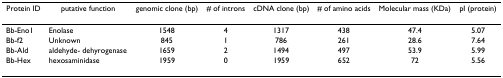
| Protein ID | putative function | genomic clone (bp) | # of introns | cDNA clone (bp) | # of amino acids | Molecular mass (KDa) | pI (protein) |
 | --- | --- | --- | --- | --- | --- | --- | --- |
 | Bb-Eno1 | Enolase | 1548 | 4 | 1317 | 438 | 47.4 | 5.07 |
 | Bb-f2 | Unknown | 845 | 1 | 786 | 261 | 28.6 | 7.64 |
 | Bb-Ald | aldehyde- dehyrogenase | 1659 | 2 | 1494 | 497 | 53.9 | 5.99 |
 | Bb-Hex | hexosaminidase | 1959 | 0 | 1959 | 652 | 72 | 5.56 |